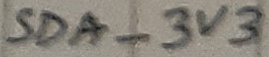
Text: SDA_3V3